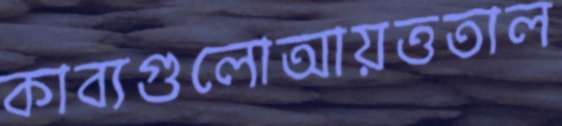
কাব্যগুলোআয়ত্ততাল